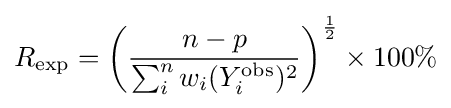
R_{\text{exp}}=\left({\frac {n-p}{\sum _{i}^{n}w_{i}(Y_{i}^{\text{obs}})^{2}}}\right)^{\frac {1}{2}}\times 100\%